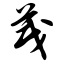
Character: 茂